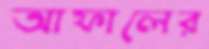
আফালের